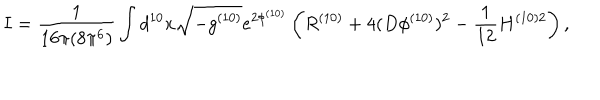
LaTeX: I = \frac { 1 } { 1 6 \pi ( 8 \pi ^ { 6 } ) } \int d ^ { 1 0 } x \sqrt { - g ^ { ( 1 0 ) } } e ^ { 2 \phi ^ { ( 1 0 ) } } \left( R ^ { ( 1 0 ) } + 4 ( D \phi ^ { ( 1 0 ) } ) ^ { 2 } - \frac { 1 } { 1 2 } H ^ { ( 1 0 ) 2 } \right) ,